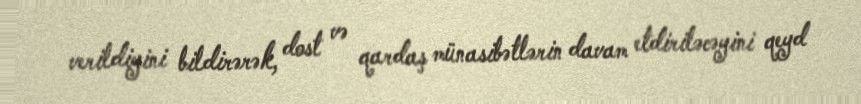
verildiyini bildirərək, dost və qardaş münasibətlərin davam etdiriləcəyini qeyd